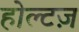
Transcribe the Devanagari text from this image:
होल्टज़